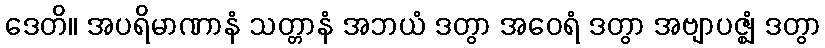
ဒေတိ။ အပရိမာဏာနံ သတ္တာနံ အဘယံ ဒတွာ အဝေရံ ဒတွာ အဗျာပဇ္ဈံ ဒတွာ